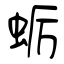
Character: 蛎